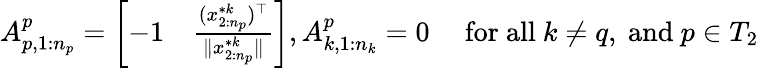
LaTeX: \begin{array}{rl}{A_{p,1:n_{p}}^{p}=\left[\begin{array}{ll}{-1}&{\frac{(x_{2:n_{p}}^{*k})^{\top}}{\| x_{2:n_{p}}^{*k}\| }}\end{array}\right],A_{k,1:n_{k}}^{p}=0}&{\mathrm{~for~all~}k\not=q,\mathrm{~and~}p\in T_{2}}\end{array}